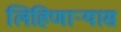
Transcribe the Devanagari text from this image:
लिहिणाऱ्यास